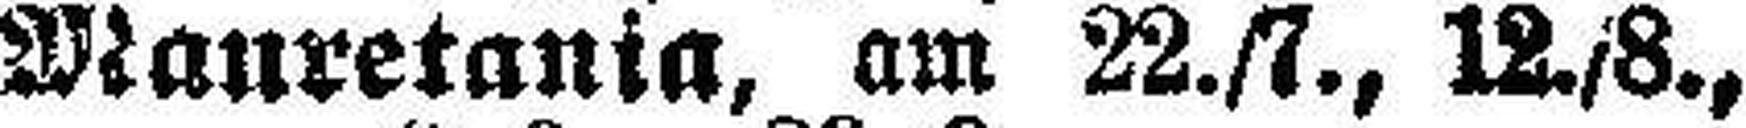
Manretania, am 22./7., 12./8.,